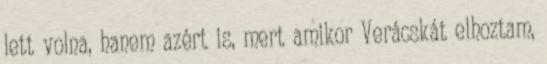
lett volna, hanem azért is, mert amikor Verácskát elhoztam,